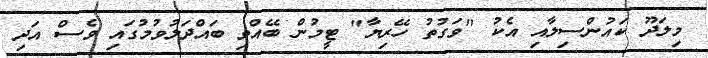
މިލަދޫ ކައުންސިލާއި އެކު "ވަގުތު ހޭރިޔާ" ޓީމުން ބޭއްވި ބައްދަލުވުމުގައި ވެސް އަދި